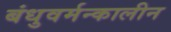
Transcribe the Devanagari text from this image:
बंधुवर्मन्कालीन